Some observations on the poison of the banded krait (Bungarus fasciatus) - Number 7
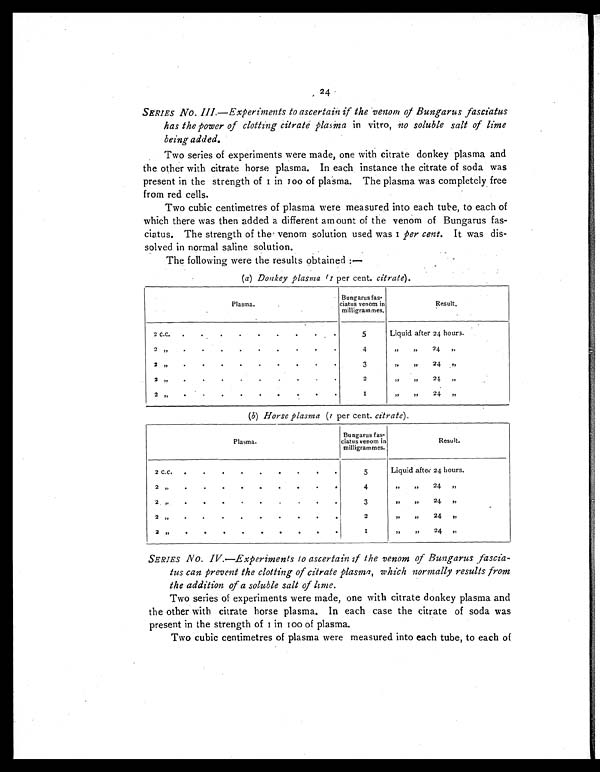
24
SERIES No. III.—Experiments to ascertain if the venom of Bungarus fasciatus
has the power of clotting citrate plasma in vitro, no soluble salt of lime
being added.
Two series of experiments were made, one with citrate donkey plasma and
the other with citrate horse plasma. In each instance the citrate of soda was
present in the strength of 1 in 100 of plasma. The plasma was completely free
from red cells.
Two cubic centimetres of plasma were measured into each tube, to each of
which there was then added a different amount of the venom of Bungarus
fas-ciatus. The strength of the venom solution used was 1 per cent . It was dis
-solved in normal saline solution.
The following were the results obtained :—
(a) Donkey plasma (1 per cent. citrate).
Plasma.
Bungarus fas-
ciatus venom in
milligrammes.
Result.
2 c . c .
.
.
.
.
.
.
.
.
.
5
Liquid after 24 hours.
2 , ,
.
.
.
.
.
.
.
.
.
4
, ,
, , 24 „
2 , ,
.
.
.
.
.
.
.
.
.
3
,,
,,
24 , ,
2 , ,
.
.
.
.
.
.
.
.
.
2
, ,
, , 24 , ,
2
, ,
.
.
.
.
.
. .
.
.
1
,,
, , 24 ,,
(b) Horse plasma (1 per cent. citrate).
Plasma.
Bungarus fas -
ciatus venom in
milligrammes.
Result.
2 c . c
.
.
.
. .
.
.
.
.
5
Liquid after 24 hours.
2 , ,
.
.
.
. .
.
.
.
.
4
,,
,,
24 , ,
2 „
.
.
.
.
.
.
.
.
.
3
,,
, , 24 ,,
2
, ,
.
.
.
. .
.
.
.
.
2
,,
, ,
2 4
, ,
2 ,,
.
.
.
. .
.
.
.
.
1
,,
,,
24 ,,
SERIES No. IV.—Experiments to ascertain if the venom of Bungarus fascia
- . t u s c a n p r e v e n t t h e c l o t t i n g o f c i t r a t e p l a s m a , w h i c h n o r m a l l y r e s u l t s f r o m
the addition of a soluble salt of lime.
Two series of experiments were made, one with citrate donkey plasma and
the other with citrate horse plasma. In each case the citrate of soda was
present in the strength of 1 in 100 of plasma.
Two cubic centimetres of plasma were measured into each tube, to each of